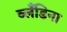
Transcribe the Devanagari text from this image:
ब्लँडिना